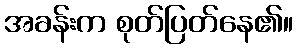
အခန်းက စုတ်ပြတ်နေ၏။